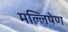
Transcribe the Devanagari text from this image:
मल्लिषेण